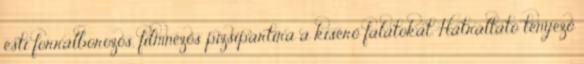
esti forralborozós, filmnézős pizsipartira a kísérő falatokat. Hátráltató tényező